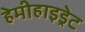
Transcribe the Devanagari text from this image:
हेमीहाइड्रेट